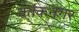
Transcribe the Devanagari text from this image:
वर्तकनगर